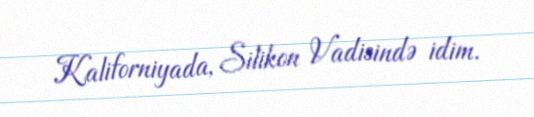
Kaliforniyada, Silikon Vadisində idim.